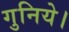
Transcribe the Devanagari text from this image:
गुनिये।